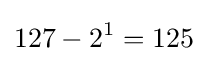
127-2^{1}=125